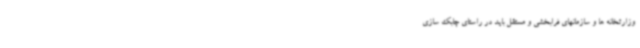
وزارتخانه ها و سازمانهای فرابخشی و مستقل باید در راستای چابک سازی